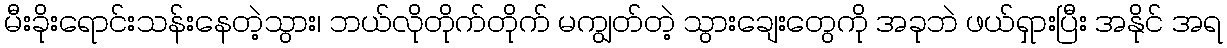
မီးခိုးရောင်းသန်းနေတဲ့သွား၊ ဘယ်လိုတိုက်တိုက် မကျွတ်တဲ့ သွားချေးတွေကို အခုဘဲ ဖယ်ရှားပြီး အနိုင် အရ